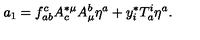
a _ { 1 } = f _ { a b } ^ { c } A _ { c } ^ { * \mu } A _ { \mu } ^ { b } \eta ^ { a } + y _ { i } ^ { * } T _ { a } ^ { i } \eta ^ { a } .